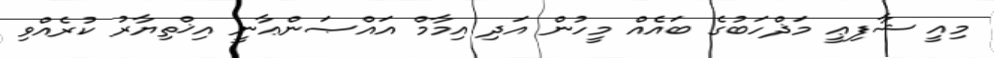
މިއީ ޝާފިޢީ މަޛްހަބުގެ ބައެއް މީހުން އަދި އިމާމް އައްޞަންޢާނީ އިޚްތިޔާރު ކުރެއްވި